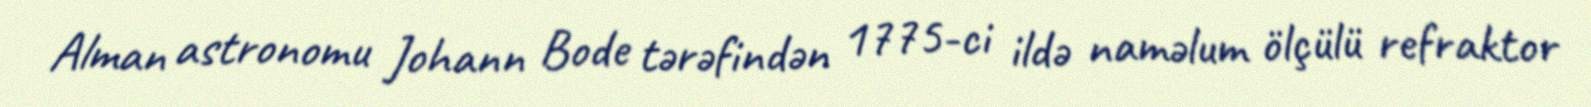
Alman astronomu Johann Bode tərəfindən 1775-ci ildə naməlum ölçülü refraktor